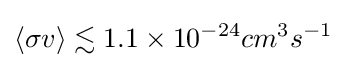
\left\langle \sigma v\right\rangle \lesssim 1.1\times 10^{-24}cm^{3}s^{-1}